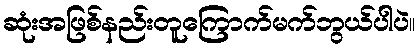
ဆုံးအဖြစ်နည်းတူကြောက်မက်ဘွယ်ပါပဲ။